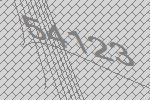
54123